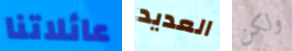
عائلاتنا العديد ولكن